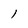
Character: l